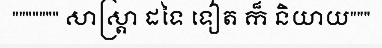
""""""" សាស្ត្រា ដទៃ ទៀត ក៏ និយាយ"""